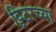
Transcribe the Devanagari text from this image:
ट्विटरच्या